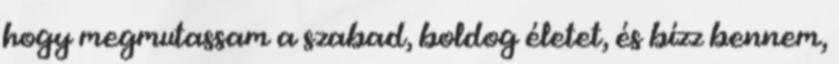
hogy megmutassam a szabad, boldog életet, és bízz bennem,